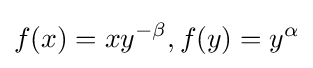
f(x)=xy^{-\beta },f(y)=y^{\alpha }